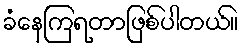
ခံနေကြရတာဖြစ်ပါတယ်။